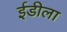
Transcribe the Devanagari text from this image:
ईडीला